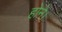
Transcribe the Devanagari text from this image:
होने।